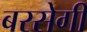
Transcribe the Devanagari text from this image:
बरसेगी